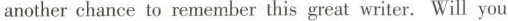
another chance to remember this great writer. Will you